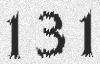
131